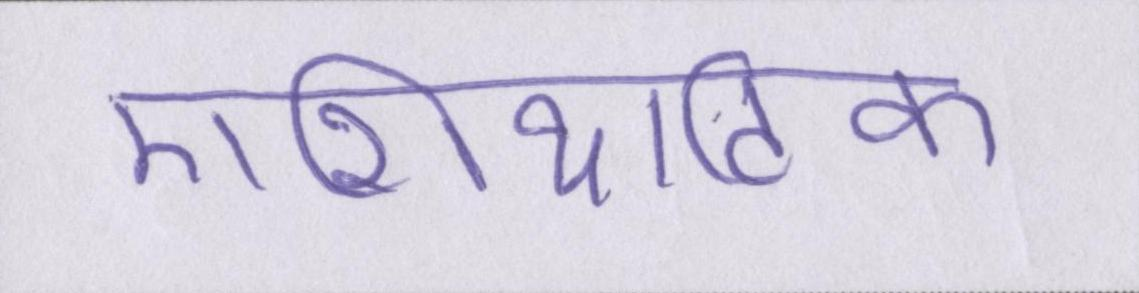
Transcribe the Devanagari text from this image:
एशियाटिक